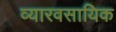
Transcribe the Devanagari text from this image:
व्यारवसायिक